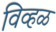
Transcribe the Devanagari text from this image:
विव्हळ